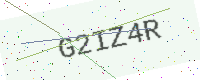
Text: G2IZ4R